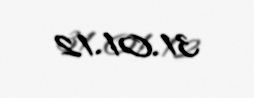
31.01.12